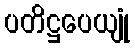
ပတိဋ္ဌပေယျုံ